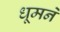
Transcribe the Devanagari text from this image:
धूमने